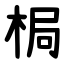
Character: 梮